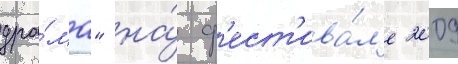
дра́ма" на́ ф'ест'ива́л'е 2009